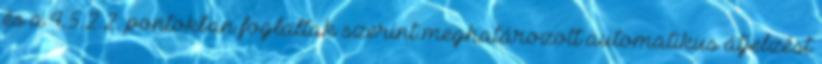
és a 4.5.2.2. pontokban foglaltak szerint meghatározott automatikus átjelzést